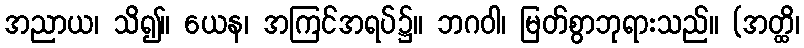
အညာယ၊ သိ၍။ ယေန၊ အကြင်အရပ်၌။ ဘဂဝါ၊ မြတ်စွာဘုရားသည်။ (အတ္ထိ၊